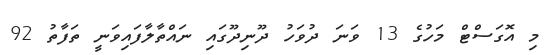
މި އޮގަސްޓް މަހުގެ 13 ވަނަ ދުވަހު ދޫނިދޫގައި ނައްތާލާފައިވަނީ ތަފާތު 92